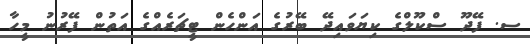
ސ. ފޭދޫ ސްކޫލްގެ ކިޔަވައިދޭ ބޭރުގެ އަންހެން ޓީޗަރެއްގެ އަތުން ފޭރުނު މީހާ